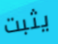
يثبت